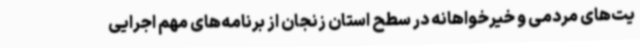
یت‌های مردمی و خیرخواهانه در سطح استان زنجان از برنامه‌های مهم اجرایی